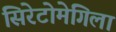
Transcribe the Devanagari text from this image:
सिरेटोमेगिला